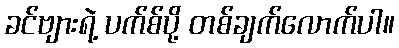
ခင်ဗျားရဲ့ ပက်စ်ပို့ တစ်ချက်လောက်ပါ။